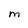
Character: M